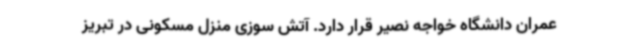
عمران دانشگاه خواجه نصیر قرار دارد. آتش سوزی منزل مسکونی در تبریز